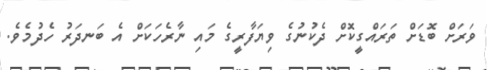
ވަރަށް ބޮޑަށް ތަރައްގީކޮށް ދެކުނުގެ ވިޔަފާރީގެ މައި ނާރެހަކަށް އެ ބަނދަރު ހެދުމެވެ.